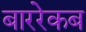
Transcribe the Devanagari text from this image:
बाररेकब